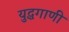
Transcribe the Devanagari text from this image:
युद्धगाणी